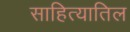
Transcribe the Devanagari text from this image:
साहित्यातिल